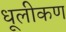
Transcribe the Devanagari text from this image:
धूलीकण